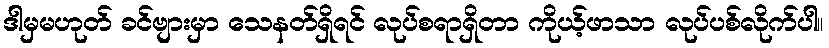
ဒါမှမဟုတ် ခင်ဗျားမှာ သေနတ်ရှိရင် လုပ်စရာရှိတာ ကိုယ့်ဖာသာ လုပ်ပစ်လိုက်ပါ။